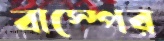
বাস্পের